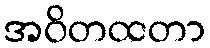
အဝိတထတာ